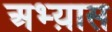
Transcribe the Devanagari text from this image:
अभ्य़ास